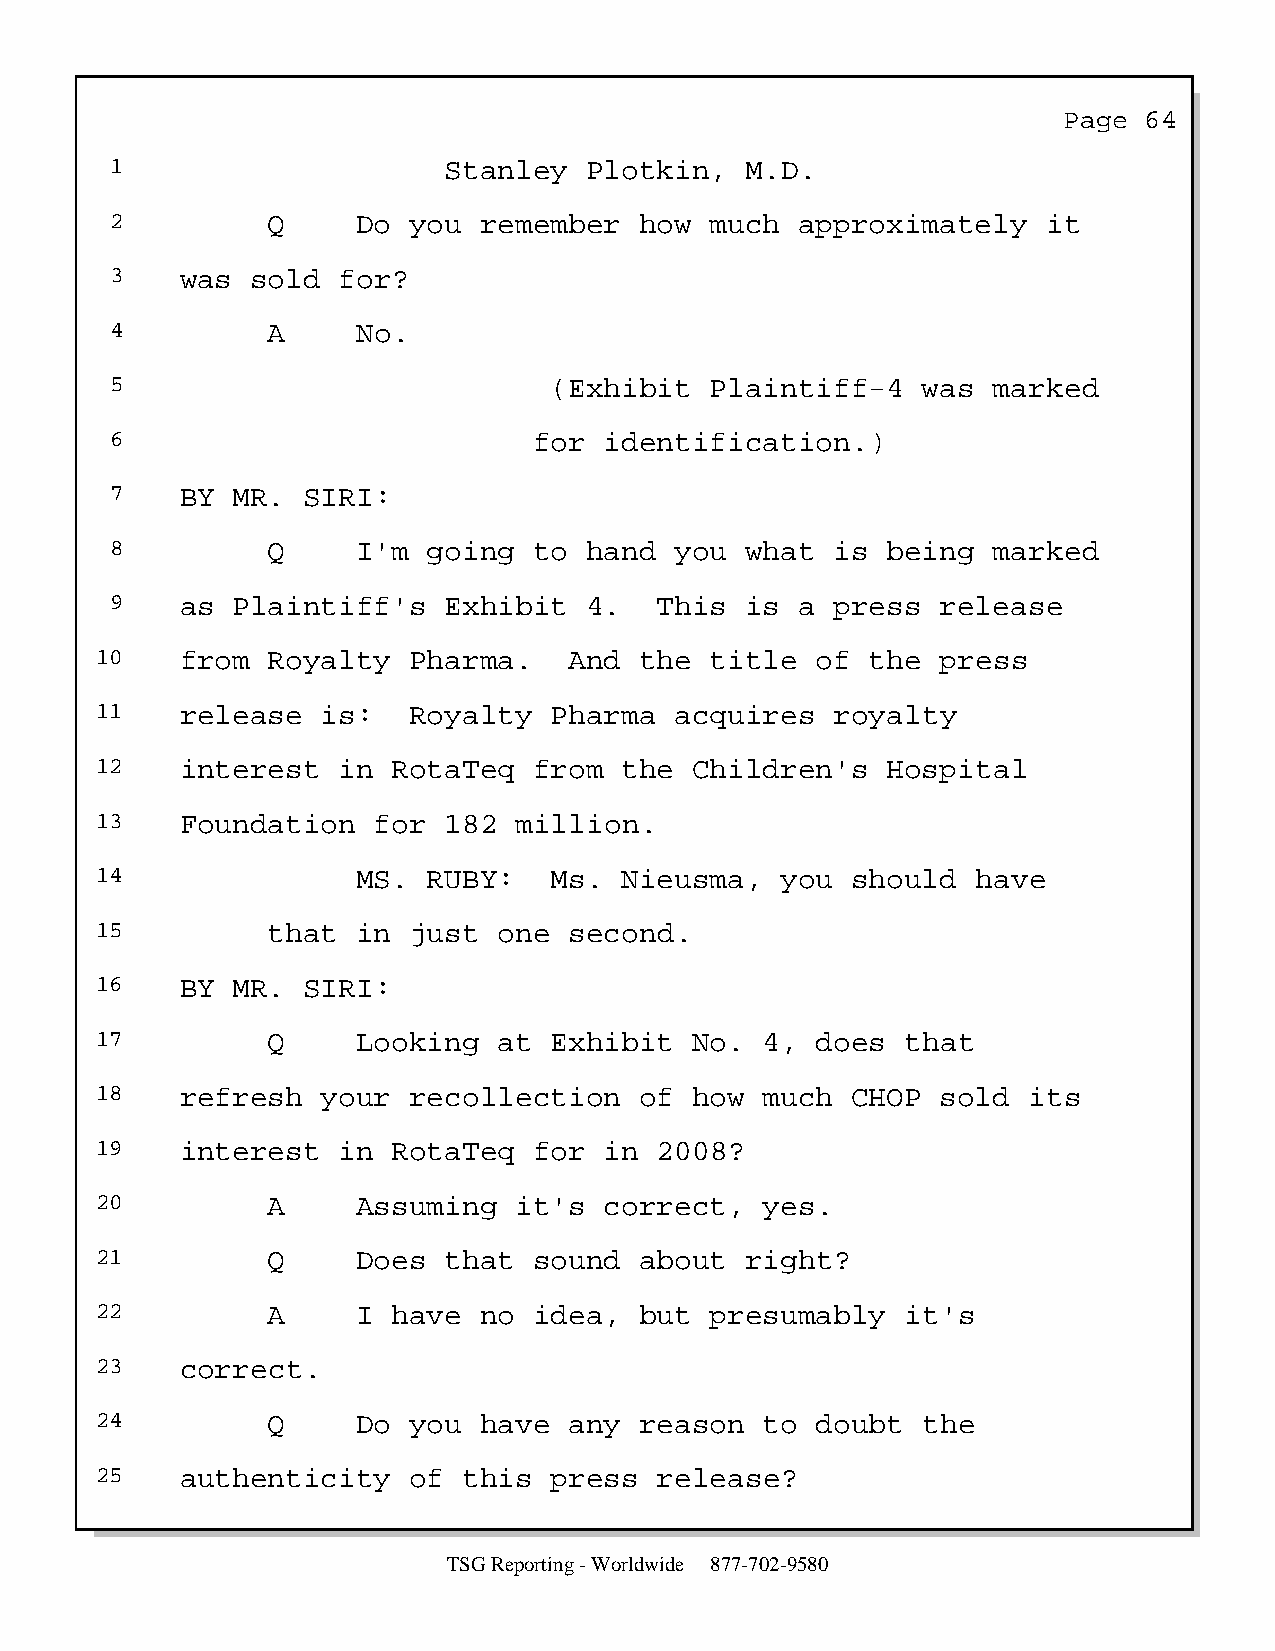
Page  64
 1                     Stanley   Plotkin,  M.D.
 2          Q     Do you  remember  how  much  approximately   it
 3    was  sold for?
 4          A     No.
 5                            (Exhibit   Plaintiff-4   was  marked
 6                           for  identification.)
 7    BY MR.  SIRI:
 8          Q     I'm going  to  hand  you what  is  being  marked
 9    as Plaintiff's   Exhibit   4.   This is  a press  release
 10    from  Royalty  Pharma.    And the  title  of  the press
 11    release  is:   Royalty  Pharma   acquires  royalty
 12    interest  in  RotaTeq  from  the  Children's   Hospital
 13    Foundation   for 182  million.
 14                MS. RUBY:   Ms.  Nieusma,   you should   have
 15          that  in just  one  second.
 16    BY MR.  SIRI:
 17          Q     Looking  at Exhibit   No.  4, does  that
 18    refresh  your  recollection   of  how  much CHOP  sold  its
 19    interest  in  RotaTeq  for  in  2008?
 20          A     Assuming  it's  correct,   yes.
 21          Q     Does that  sound  about  right?
 22          A     I have  no idea,  but  presumably   it's
 23    correct.
 24          Q     Do you  have  any reason   to doubt  the
 25    authenticity   of  this press   release?
 TSG Reporting - Worldwide 877-702-9580